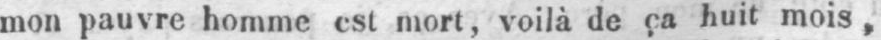
mon pauvre homme est mort, voilà de ça huit mois,